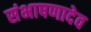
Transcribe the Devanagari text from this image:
संभाषणादेव